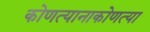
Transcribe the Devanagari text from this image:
कोणत्यानाकोणत्या